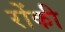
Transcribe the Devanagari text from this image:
रोंकी